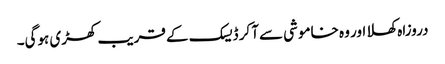
دروزاہ کھلا اور وہ خاموشی سےآ کر ڈیسک کے قریب کھڑی ہوگی۔